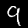
Digit: 9